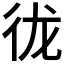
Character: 𪫌